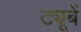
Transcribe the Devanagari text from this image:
ट्यूबें